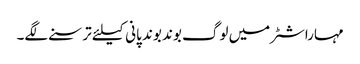
مہاراشٹر میں لوگ بوند بوند پانی کیلئے ترسنے لگے۔